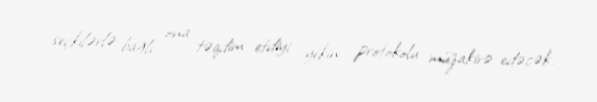
seçkilərlə bağlı ona təqdim etdiyi yekin protokolu müzakirə edəcək.